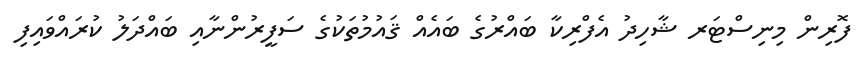
ފޮރިން މިނިސްޓަރ ޝާހިދު އެފްރިކާ ބައްރުގެ ބައެއް ޤައުމުތަކުގެ ސަފީރުންނާއި ބައްދަލު ކުރައްވައިފި